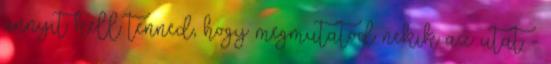
annyit kell tenned, hogy megmutatod nekik az utat -